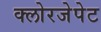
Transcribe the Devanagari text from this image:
क्लोरजेपेट